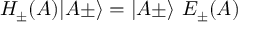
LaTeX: H _ { \pm } ( A ) \vert A \pm \rangle = \vert A \pm \rangle \ E _ { \pm } ( A )